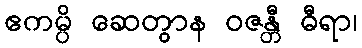
ဧကမ္ပိ ဆေတွာန ဝဇန္တီ ဓီရာ၊